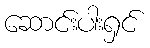
ဆောင်းပါးရှင်